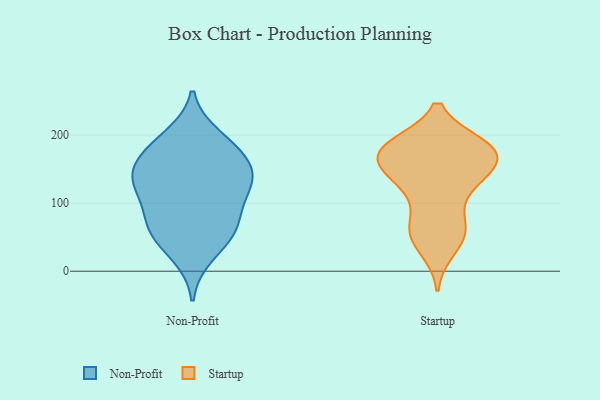
{"axis": {"x": "Budget (USD K)", "y": "Value"}, "legend": ["Non-Profit", "Startup"], "data": [{"x": "", "y": 126, "type": "Non-Profit"}, {"x": "", "y": 100, "type": "Non-Profit"}, {"x": "", "y": 139, "type": "Non-Profit"}, {"x": "", "y": 175, "type": "Non-Profit"}, {"x": "", "y": 160, "type": "Non-Profit"}, {"x": "", "y": 23, "type": "Non-Profit"}, {"x": "", "y": 124, "type": "Non-Profit"}, {"x": "", "y": 188, "type": "Non-Profit"}, {"x": "", "y": 198, "type": "Non-Profit"}, {"x": "", "y": 54, "type": "Non-Profit"}, {"x": "", "y": 131, "type": "Non-Profit"}, {"x": "", "y": 76, "type": "Non-Profit"}, {"x": "", "y": 152, "type": "Non-Profit"}, {"x": "", "y": 61, "type": "Non-Profit"}, {"x": "", "y": 60, "type": "Non-Profit"}, {"x": "", "y": 52, "type": "Startup"}, {"x": "", "y": 168, "type": "Startup"}, {"x": "", "y": 62, "type": "Startup"}, {"x": "", "y": 130, "type": "Startup"}, {"x": "", "y": 159, "type": "Startup"}, {"x": "", "y": 177, "type": "Startup"}, {"x": "", "y": 182, "type": "Startup"}, {"x": "", "y": 129, "type": "Startup"}, {"x": "", "y": 34, "type": "Startup"}, {"x": "", "y": 129, "type": "Startup"}, {"x": "", "y": 179, "type": "Startup"}, {"x": "", "y": 65, "type": "Startup"}, {"x": "", "y": 174, "type": "Startup"}, {"x": "", "y": 138, "type": "Startup"}, {"x": "", "y": 66, "type": "Startup"}, {"x": "", "y": 180, "type": "Startup"}, {"x": "", "y": 184, "type": "Startup"}, {"x": "", "y": 174, "type": "Startup"}]}